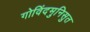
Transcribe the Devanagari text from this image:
गोविंदमुनिसुत